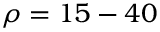
\rho = 1 5 - 4 0